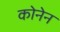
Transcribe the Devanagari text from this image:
कोनेन